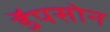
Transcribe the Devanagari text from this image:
डॅपसोन